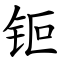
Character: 钷